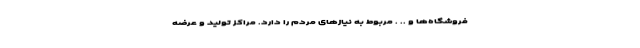
فروشگاه‌ها و .. . مربوط به نیازهای مردم را دارد. مراکز تولید و عرضه